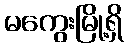
မကွေးမြို့ရှိ